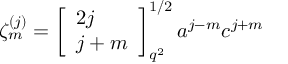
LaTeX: \zeta _ { m } ^ { ( j ) } = \left[ \begin{array} { l } { { 2 j } } \\ { { j + m } } \end{array} \right] _ { q ^ { 2 } } ^ { 1 / 2 } a ^ { j - m } c ^ { j + m }